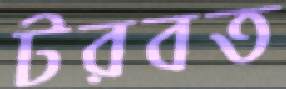
টরবত